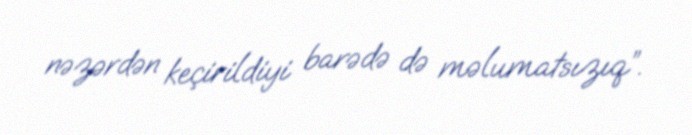
nəzərdən keçirildiyi barədə də məlumatsızıq”.